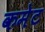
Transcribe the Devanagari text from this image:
कमेट